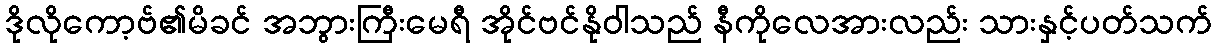
ဒိုလိုကော့ဗ်၏မိခင် အဘွားကြီးမေရီ အိုင်ဗင်နိုဝါသည် နီကိုလေအားလည်း သားနှင့်ပတ်သက်